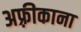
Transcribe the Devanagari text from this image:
अफ़्रीकाना